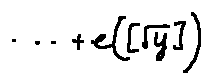
\cdots + e ( [ \sqrt { y } ] )